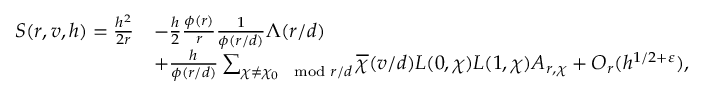
\begin{array} { r l } { S ( r , v , h ) = \frac { h ^ { 2 } } { 2 r } } & { - \frac h 2 \frac { \phi ( r ) } { r } \frac 1 { \phi ( r / d ) } \Lambda ( r / d ) } \\ & { + \frac h { \phi ( r / d ) } \sum _ { \chi \ne \chi _ { 0 } \mod { r / d } } \overline { { \chi } } ( v / d ) L ( 0 , \chi ) L ( 1 , \chi ) A _ { r , \chi } + O _ { r } ( h ^ { 1 / 2 + \varepsilon } ) , } \end{array}